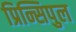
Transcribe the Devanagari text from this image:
प्रिन्सिपुल